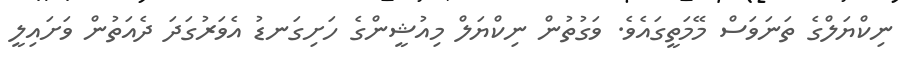
ނިކްޔަލްގެ ތަނަވަސް މޭމަތީގައެވެ. ވަގުތުން ނިކްޔަލް މިއުޝީންގެ ހަށިގަނޑު އެވަރުގަދަ ދެއަތުން ވަށައިލީ